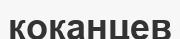
коканцев